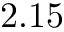
2 . 1 5